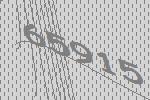
65915